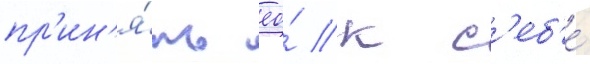
пр'ин'я́ть ео́ к с'еб'е́